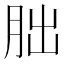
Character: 朏